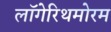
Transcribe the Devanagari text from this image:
लॉगेरिथमोरम